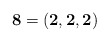
\begin{align*}{\bf 8}= \left({\bf 2},{\bf 2},{\bf 2} \right) \end{align*}